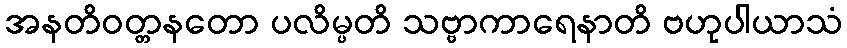
အနတိဝတ္တနတော ပလိမ္ပတိ သဗ္ဗာကာရေနာတိ ဗဟုပါယာသံ